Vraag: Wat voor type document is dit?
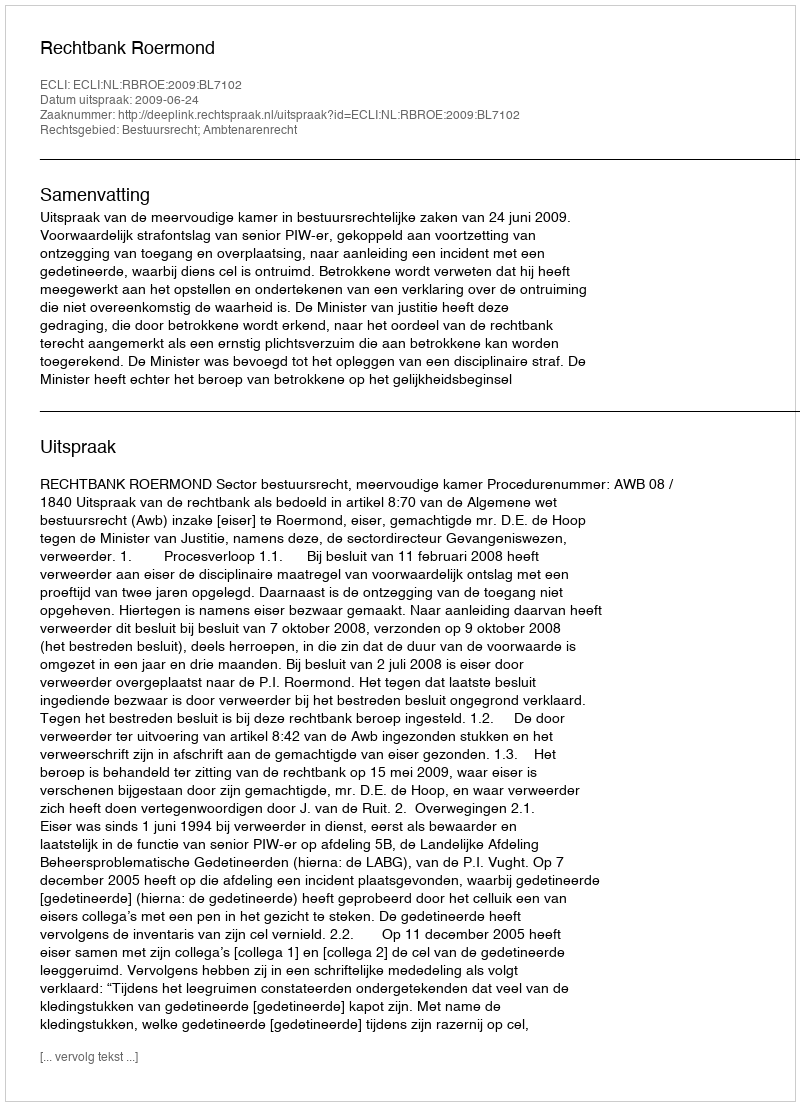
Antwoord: Uitspraak